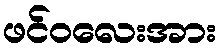
ဖင်ဝလေးအား